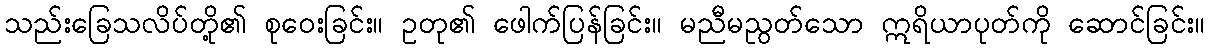
သည်းခြေသလိပ်တို့၏ စုဝေးခြင်း။ ဥတု၏ ဖေါက်ပြန်ခြင်း။ မညီမညွတ်သော ဣရိယာပုတ်ကို ဆောင်ခြင်း။